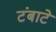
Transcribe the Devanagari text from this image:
टंबाटे